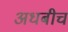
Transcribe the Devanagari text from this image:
अधबीच